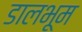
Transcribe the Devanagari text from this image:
डालभूम